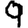
Digit: 9